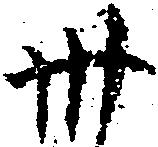
卅